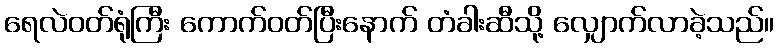
ရေလဲဝတ်ရုံကြီး ကောက်ဝတ်ပြီးနောက် တံခါးဆီသို့ လျှောက်လာခဲ့သည်။